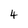
Character: 4